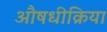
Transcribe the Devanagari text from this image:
औषधीक्रिया